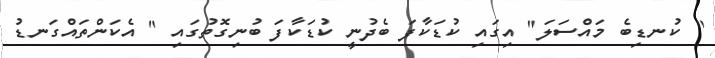
" ކުނޑިބެ މައްސަލަ" އިގައި ކުޑަކާފަ ބެދުނީ ކުޑަކާފަ ބުނިގޮތުގައި " އެކަންތައްގަނޑު